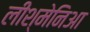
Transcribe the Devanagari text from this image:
लीश्मेनिआ